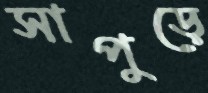
সাপুড়ে